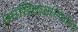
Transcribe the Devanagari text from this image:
भाषिकसंख्येने